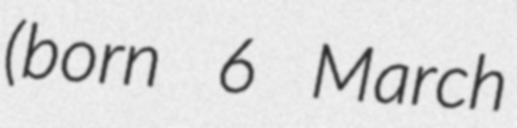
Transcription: (born 6 March